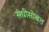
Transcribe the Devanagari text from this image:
संधीसोबत